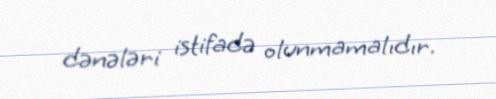
dənələri istifadə olunmamalıdır.